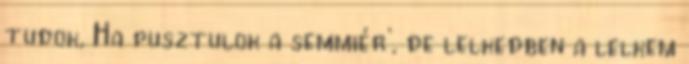
tudok, Ha pusztulok a semmiér’, de lelkedben a lelkem